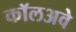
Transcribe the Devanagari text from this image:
कॉलअवे